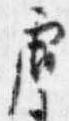
唐